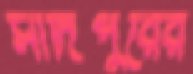
সাদিপুরের